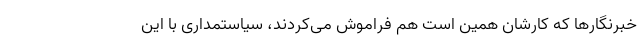
خبرنگارها که کارشان همین است هم فراموش می‌کردند، سیاستمداری با این